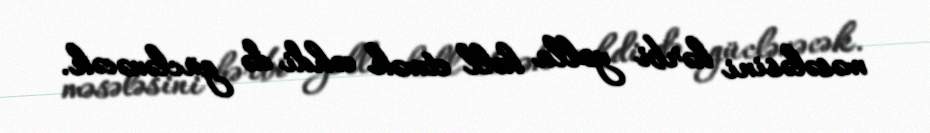
məsələsini hərbi yolla həll etmək cəhdi də güclənəcək.